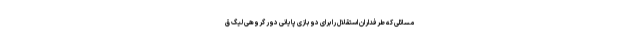
مسائلی که طرفداران استقلال را برای دو بازی پایانی دور گروهی لیگ ق